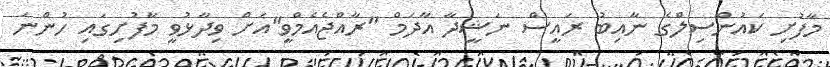
މާފުށި ކައުންސިލްގެ ނާއިބު ރައީސް ނަޝީދާ އާދަމް "ރާއްޖެއެމްވީ"އަށް ވިދާޅުވީ މާފުށިގައި ހުންނަ